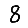
Digit: 8